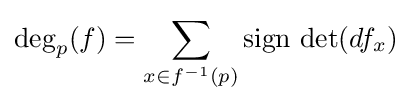
\operatorname {deg} _{p}(f)=\sum _{x\in f^{-1}(p)}\operatorname {sign} \,\det(df_{x})